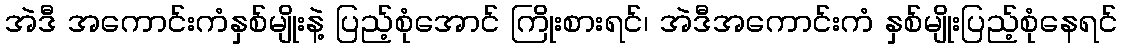
အဲဒီ အကောင်းကံနှစ်မျိုးနဲ့ ပြည့်စုံအောင် ကြိုးစားရင်၊ အဲဒီအကောင်းကံ နှစ်မျိုးပြည့်စုံနေရင်